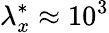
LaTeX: {\lambda}_{x}^{*}\approx 10^{3}